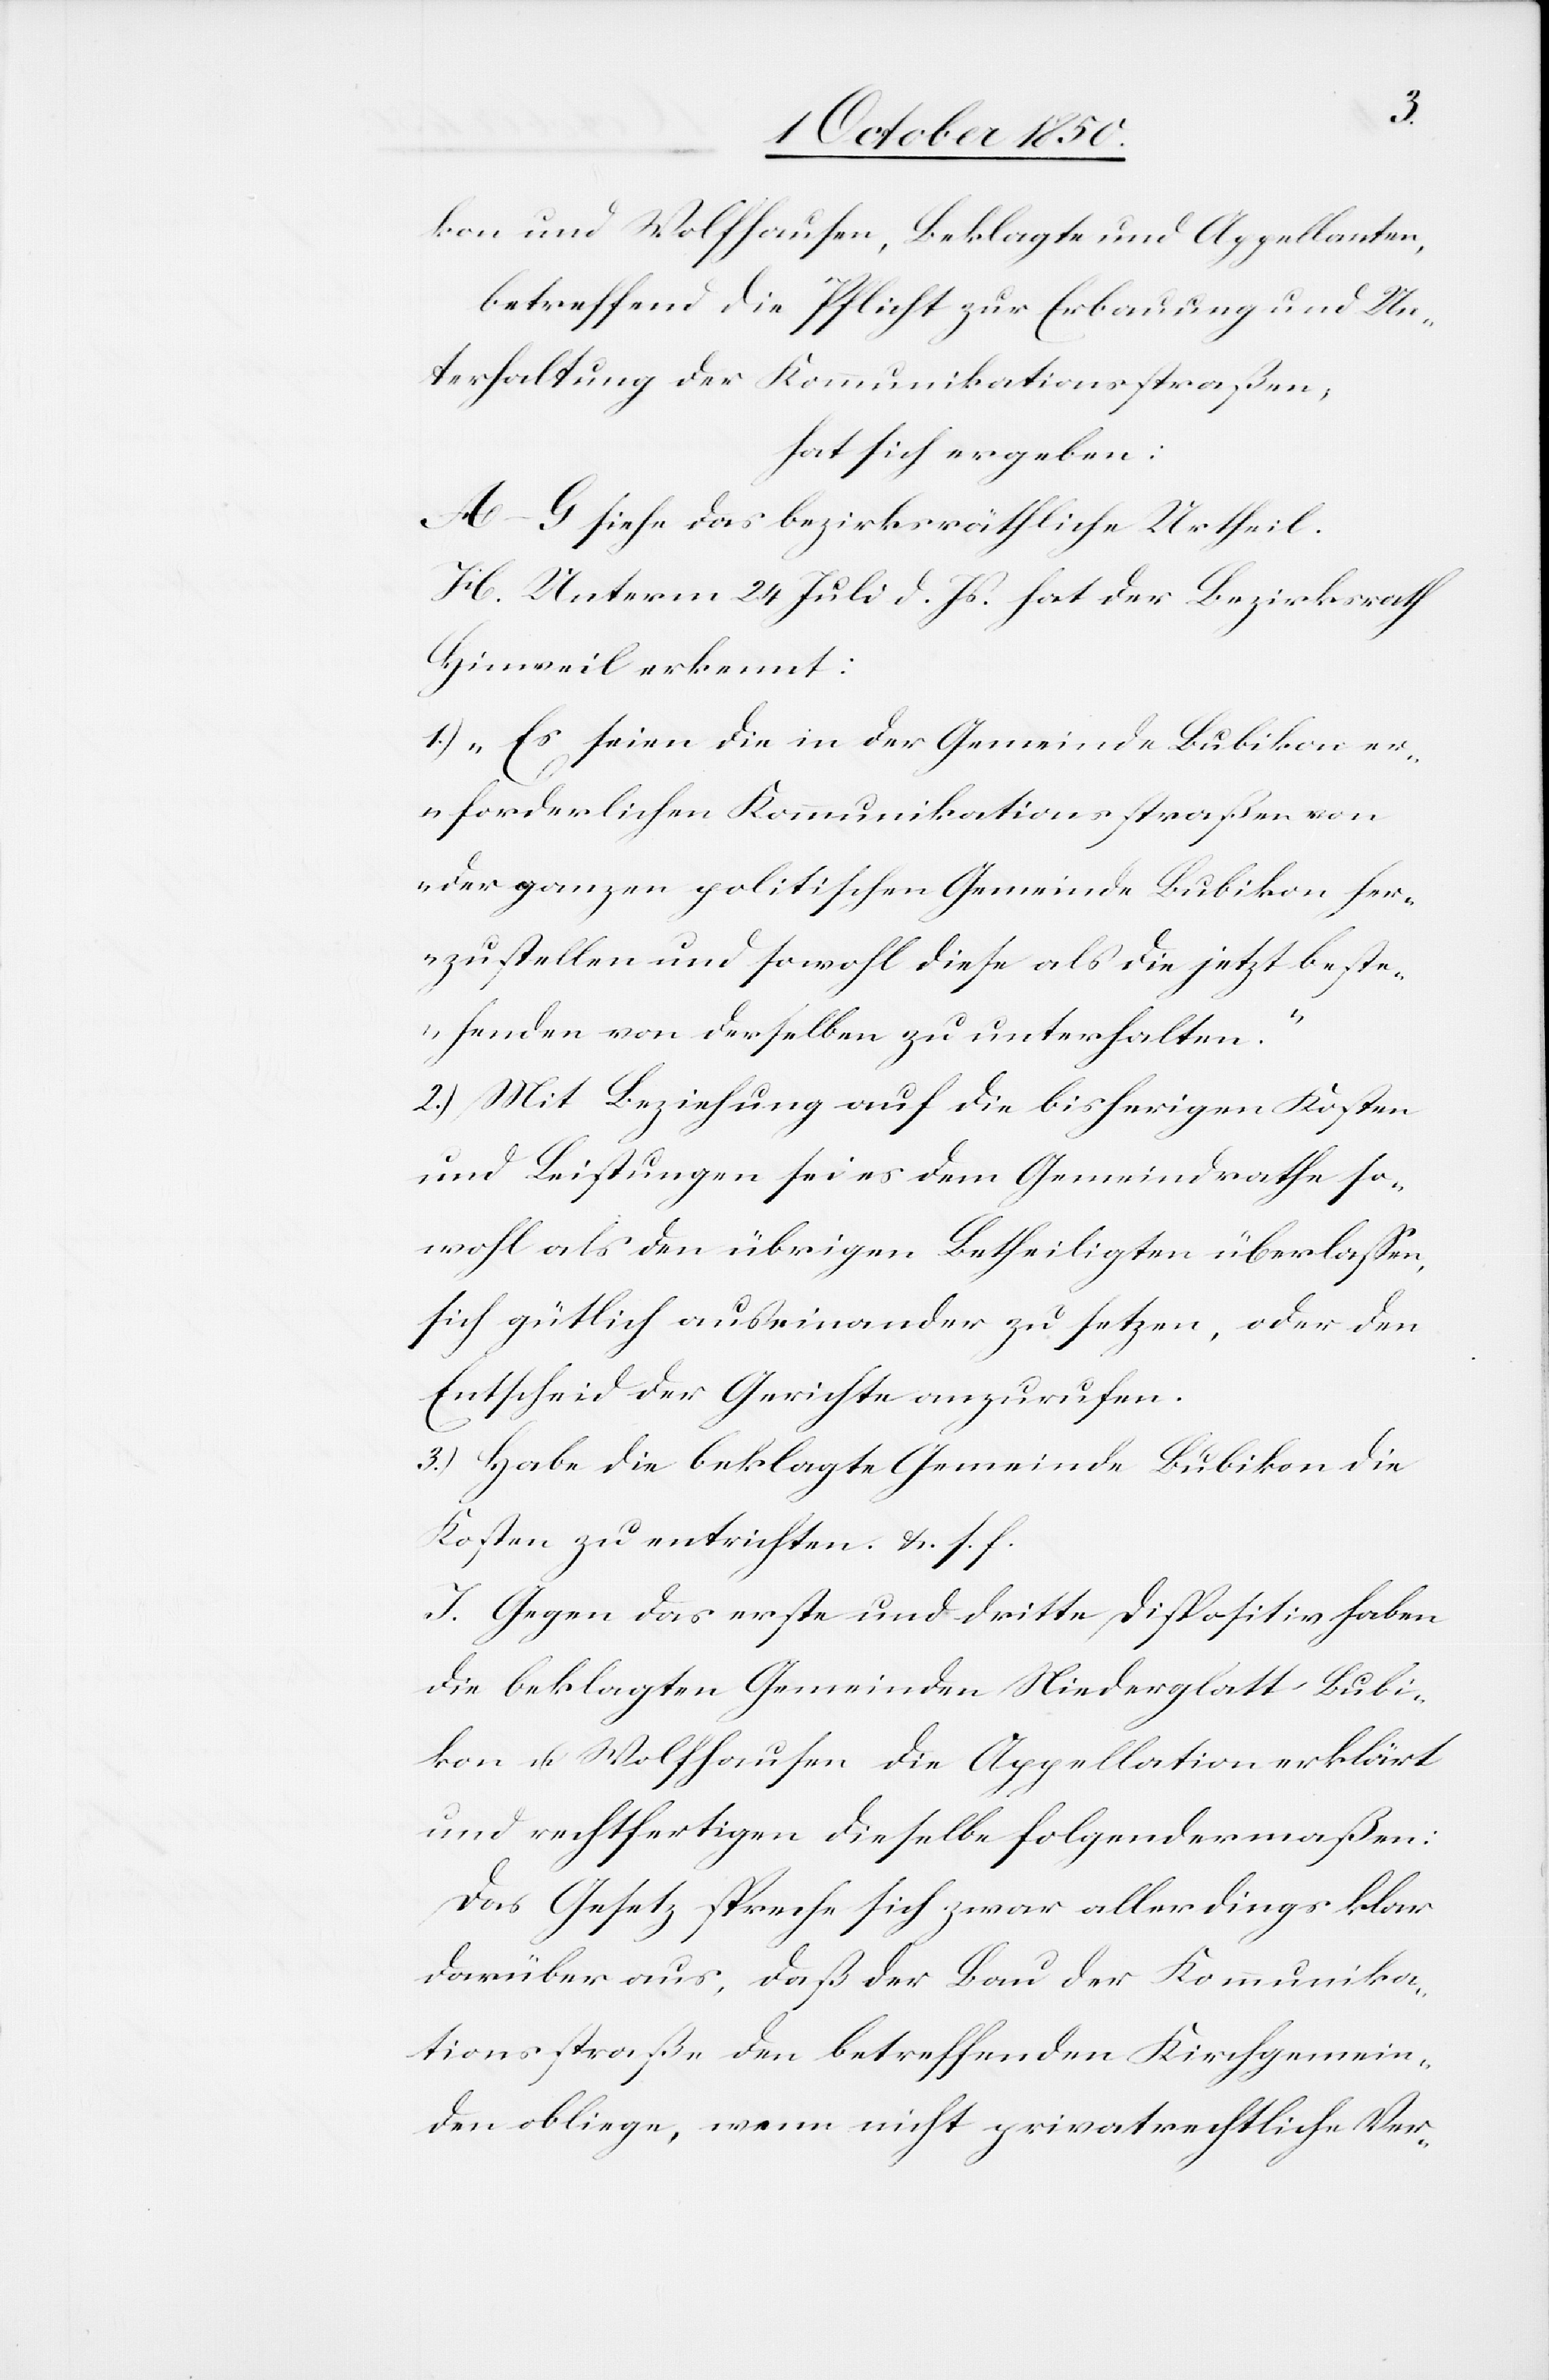
kon und Wolfhausen, Beklagte und Appellanten,
betreffend die Pflicht zur Erbauung und Un¬
terhaltung der Kommunikationsstraßen,
hat sich ergeben:
A–G siehe das bezirksräthliche Urtheil.
H. Unterm 24 Juli d. Js. hat der Bezirksrath
Hinweil erkennt:
1.) „Es seien die in der Gemeinde Bubikon er¬
forderlichen Kommunikationsstraßen von
der ganzen politischen Gemeinde Bubikon her¬
zustellen und sowohl diese als die jetzt beste¬
henden von derselben zu unterhalten.“
2.) Mit Beziehung auf die bisherigen Kosten
und Leistungen sei es dem Gemeindrathe so¬
wohl als den übrigen Betheiligten überlassen,
sich gütlich auseinander zu setzen, oder den
Entscheid der Gerichte anzurufen.
3.) Habe die beklagte Gemeinde Bubikon die
Kosten zu entrichten. &. s. f.
J. Gegen das erste und dritte Dispositiv haben
die beklagten Gemeinden Niederglatt Bubi¬
kon u. Wolfhausen die Appellation erklärt
und rechtfertigen dieselbe folgendermaßen:
Das Gesetz spreche sich zwar allerdings klar
darüber aus, daß der betreffenden Kirchgemein¬
de obliege, wenn nicht privatrechtliche Ver-